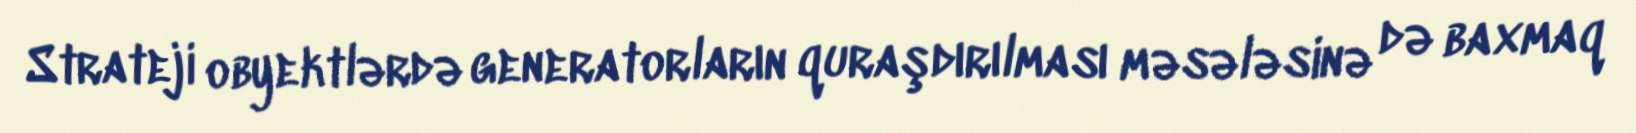
Strateji obyektlərdə generatorların quraşdırılması məsələsinə də baxmaq